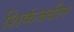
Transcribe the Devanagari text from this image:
शिकंजबीन